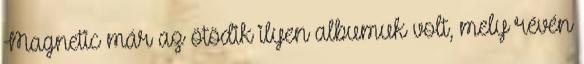
Magnetic már az ötödik ilyen albumuk volt, mely révén